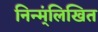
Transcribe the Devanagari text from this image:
निन्म्ंलिखित